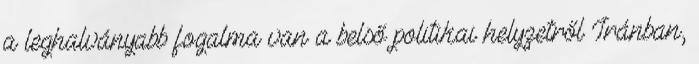
a leghalványabb fogalma van a belső politikai helyzetről Iránban,